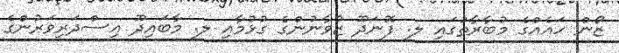
ޒޯން ހައެއްގެ މުބާރާތުގައި ލ. ފޮނަދޫ ޒުވާނުންގެ ގުޅުމާއި ލ. މާބައިދޫ އިސްދަރިވަރުންގެ